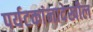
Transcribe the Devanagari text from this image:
पर्यटकांनादेखील